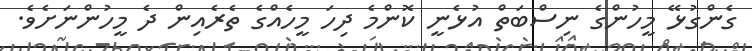
ގެންގުޅޭ މީހުންގެ ނިސްބަތް އުޅެނީ ކޮންމެ ދިހަ މީހެއްގެ ތެރެއިން ދެ މީހުންނަށެވެ.